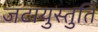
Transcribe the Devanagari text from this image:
जटायुस्तुति